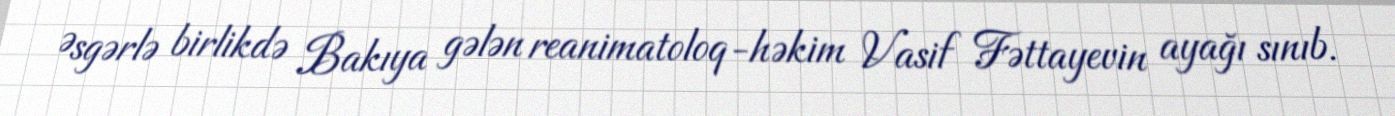
Əsgərlə birlikdə Bakıya gələn reanimatoloq-həkim Vasif Fəttayevin ayağı sınıb.